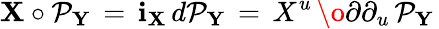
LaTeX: {\mathbf X}\circ{\cal P}_{\mathbf Y}\, =\, {\mathbf i}_{\mathbf X}\, d{\cal P}_{\mathbf Y}\, =\, X^{u}\, {\o{\partial}{\partial_{u}}}\, {\cal P}_{\mathbf Y}\,